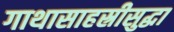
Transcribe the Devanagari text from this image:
गाथासाहस्रीसुद्धा